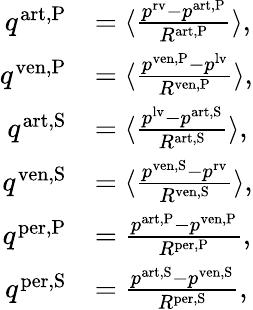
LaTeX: \begin{array}{rl}{q^{\mathrm{art,P}}}&{=\langle\frac{p^{\mathrm{rv}}-p^{\mathrm{art,P}}}{R^{\mathrm{art,P}}}\rangle,}\\ {q^{\mathrm{ven,P}}}&{=\langle\frac{p^{\mathrm{ven,P}}-p^{\mathrm{lv}}}{R^{\mathrm{ven,P}}}\rangle,}\\ {q^{\mathrm{art,S}}}&{=\langle\frac{p^{\mathrm{lv}}-p^{\mathrm{art,S}}}{R^{\mathrm{art,S}}}\rangle,}\\ {q^{\mathrm{ven,S}}}&{=\langle\frac{p^{\mathrm{ven,S}}-p^{\mathrm{rv}}}{R^{\mathrm{ven,S}}}\rangle,}\\ {q^{\mathrm{per,P}}}&{=\frac{p^{\mathrm{art,P}}-p^{\mathrm{ven,P}}}{R^{\mathrm{per,P}}},}\\ {q^{\mathrm{per,S}}}&{=\frac{p^{\mathrm{art,S}}-p^{\mathrm{ven,S}}}{R^{\mathrm{per,S}}},}\end{array}